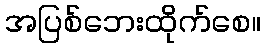
အပြစ်ဘေးထိုက်စေ။